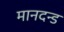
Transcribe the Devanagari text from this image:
मानदन्ड